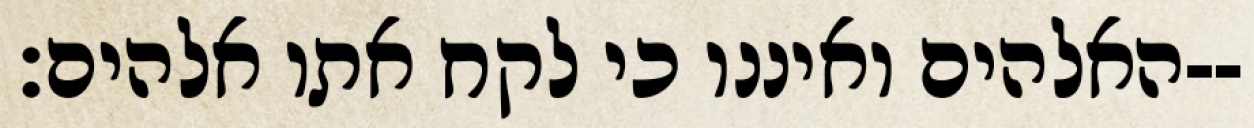
האלהים ואיננו כי לקח אתו אלהים׃--